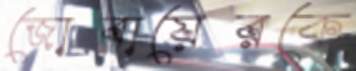
জোবায়েরকে